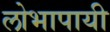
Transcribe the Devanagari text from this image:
लोभापायी